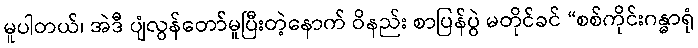
မူပါတယ်၊ အဲဒီ ပျံလွန်တော်မူပြီးတဲ့နောက် ဝိနည်း စာပြန်ပွဲ မတိုင်ခင် “စစ်ကိုင်းဂန္ဓာရုံ